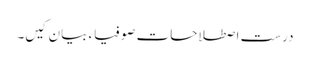
درست اصطلاحات صوفیاء بیان کیں۔